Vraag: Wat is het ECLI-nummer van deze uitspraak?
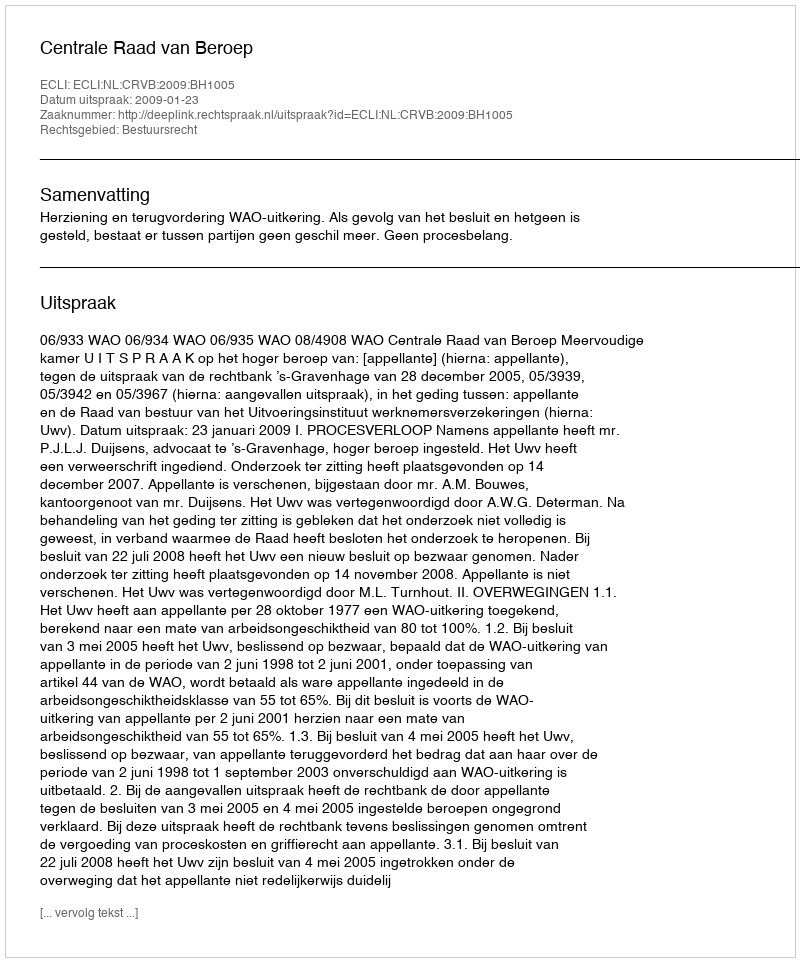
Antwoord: ECLI:NL:CRVB:2009:BH1005